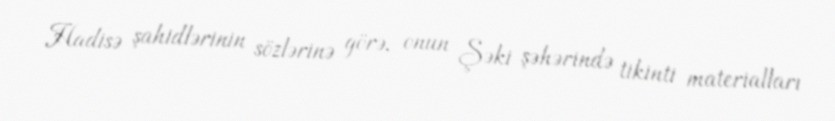
Hadisə şahidlərinin sözlərinə görə, onun Şəki şəhərində tikinti materialları